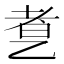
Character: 乽